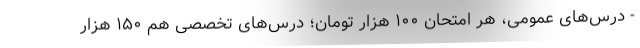
- درس‌های عمومی، هر امتحان ۱۰۰ هزار تومان؛ درس‌های تخصصی هم ۱۵۰ هزار